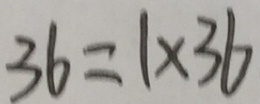
3 6 = 1 \times 3 6